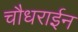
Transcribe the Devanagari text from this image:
चौधराईन